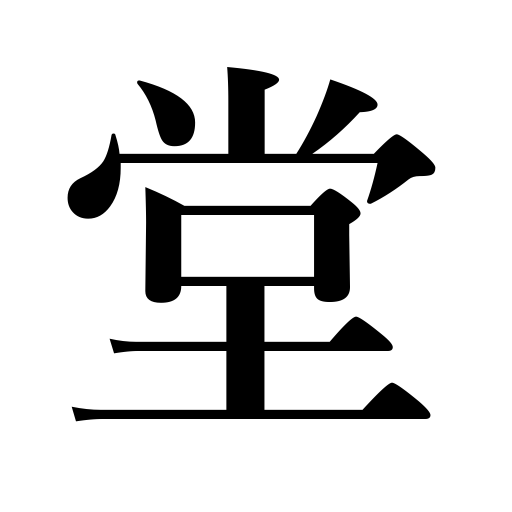
Meanings: temple,firm,store,state chamber,reception room,hall,shop,shrine